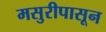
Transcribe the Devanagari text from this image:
मसुरीपासून